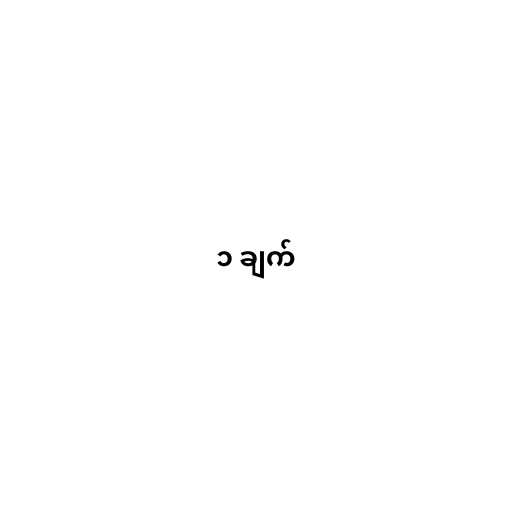
၁ ချက်